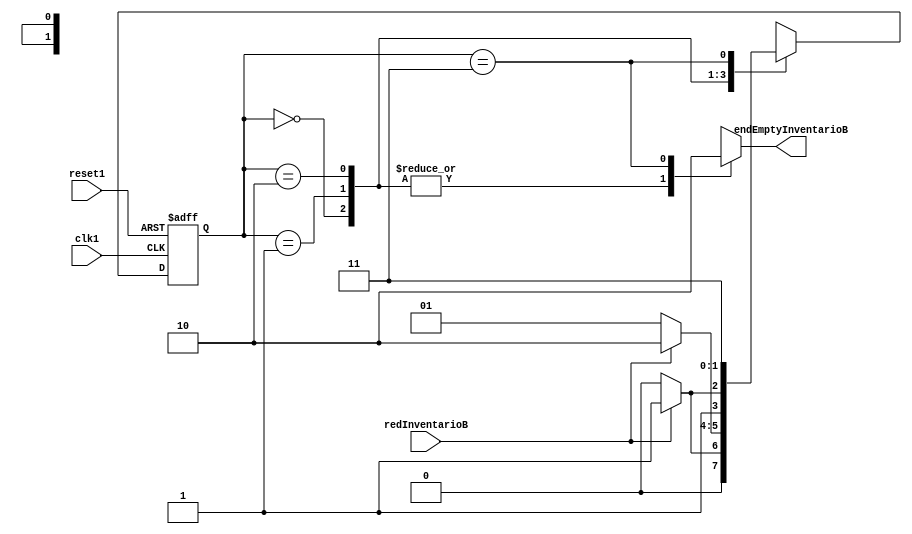
module inventarioBMealy(input redInventarioB, clk1, reset1, output reg endEmptyInventarioB);
    parameter A0 = 2'b00, A1 = 2'b01, A2 = 2'b10, A3 = 2'b11; //Estados
    reg [1:0] state, next_state;
// nube combinacional entrada
    always @ (state or redInventarioB) begin
        case (state)
            A0: begin //Son 3 unidades mximo de capacidad, se usa un estado para cada unidad que se pierde.
                if (redInventarioB == 1) begin //Si el inventario an cuenta con existencias, entonces pasa al siguiente estado.
                    next_state <= A1;
					endEmptyInventarioB <= 1'b1; //La salida que indica cuando est vaco toma es (1) cuando an hay existencias.
				end else begin
                    next_state <= A0; //Si no hay existencias (== 0) se mantiene en el estado actual (S0).
					endEmptyInventarioB <= 1'b1; //(1) an hay existencias restantes.
            end end 
            A1: begin //2 unidades restantes
                if (redInventarioB == 1) begin
                    next_state <= A2;
					endEmptyInventarioB <= 1'b1; //(1) an hay existencias restantes.
                end else begin
                    next_state <= A1; //Si no hay existencias (== 0) se mantiene en el estado actual (S1).
					endEmptyInventarioB <= 1'b1;
            end end 
            A2: begin //1 unidad restate
                if (redInventarioB == 1) begin
                    next_state <= A3;
					endEmptyInventarioB <= 1'b1; //(1) an hay existencias restantes.
                end else begin
                    next_state <= A2; //Si no hay existencias (== 0) se mantiene en el estado actual (S2).
					endEmptyInventarioB <= 1'b1;
            end end 
            A3: begin //0 unidades
                if (redInventarioB == 1) begin
                    next_state <= A3; //Se agotaron existencias.
					endEmptyInventarioB <= 1'b0; //(0) Ya no hay existencias restantes.
                end else begin
                    next_state <= A3; //Si no hay existencias (== 0) se mantiene en el estado actual (S3).
					endEmptyInventarioB <= 1'b0; //(0) Ya no hay existencias restantes.
            end end 
        endcase
    end
// banco FF
    always @ (posedge clk1 or posedge reset1) begin
        if (reset1 == 1)
            state <= A0;
        else
            state <= next_state;
        end
        initial state <= A0; 
    
endmodule